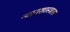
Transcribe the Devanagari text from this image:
न्यायशास्त्रास